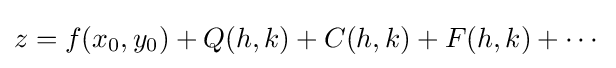
z=f(x_{0},y_{0})+Q(h,k)+C(h,k)+F(h,k)+\cdots